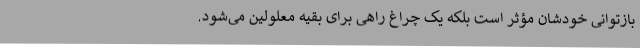
بازتوانی خودشان مؤثر است بلکه یک چراغ راهی برای بقیه معلولین می‌شود.